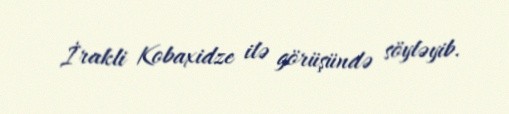
İrakli Kobaxidze ilə görüşündə söyləyib.